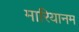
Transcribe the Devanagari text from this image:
मारियानम